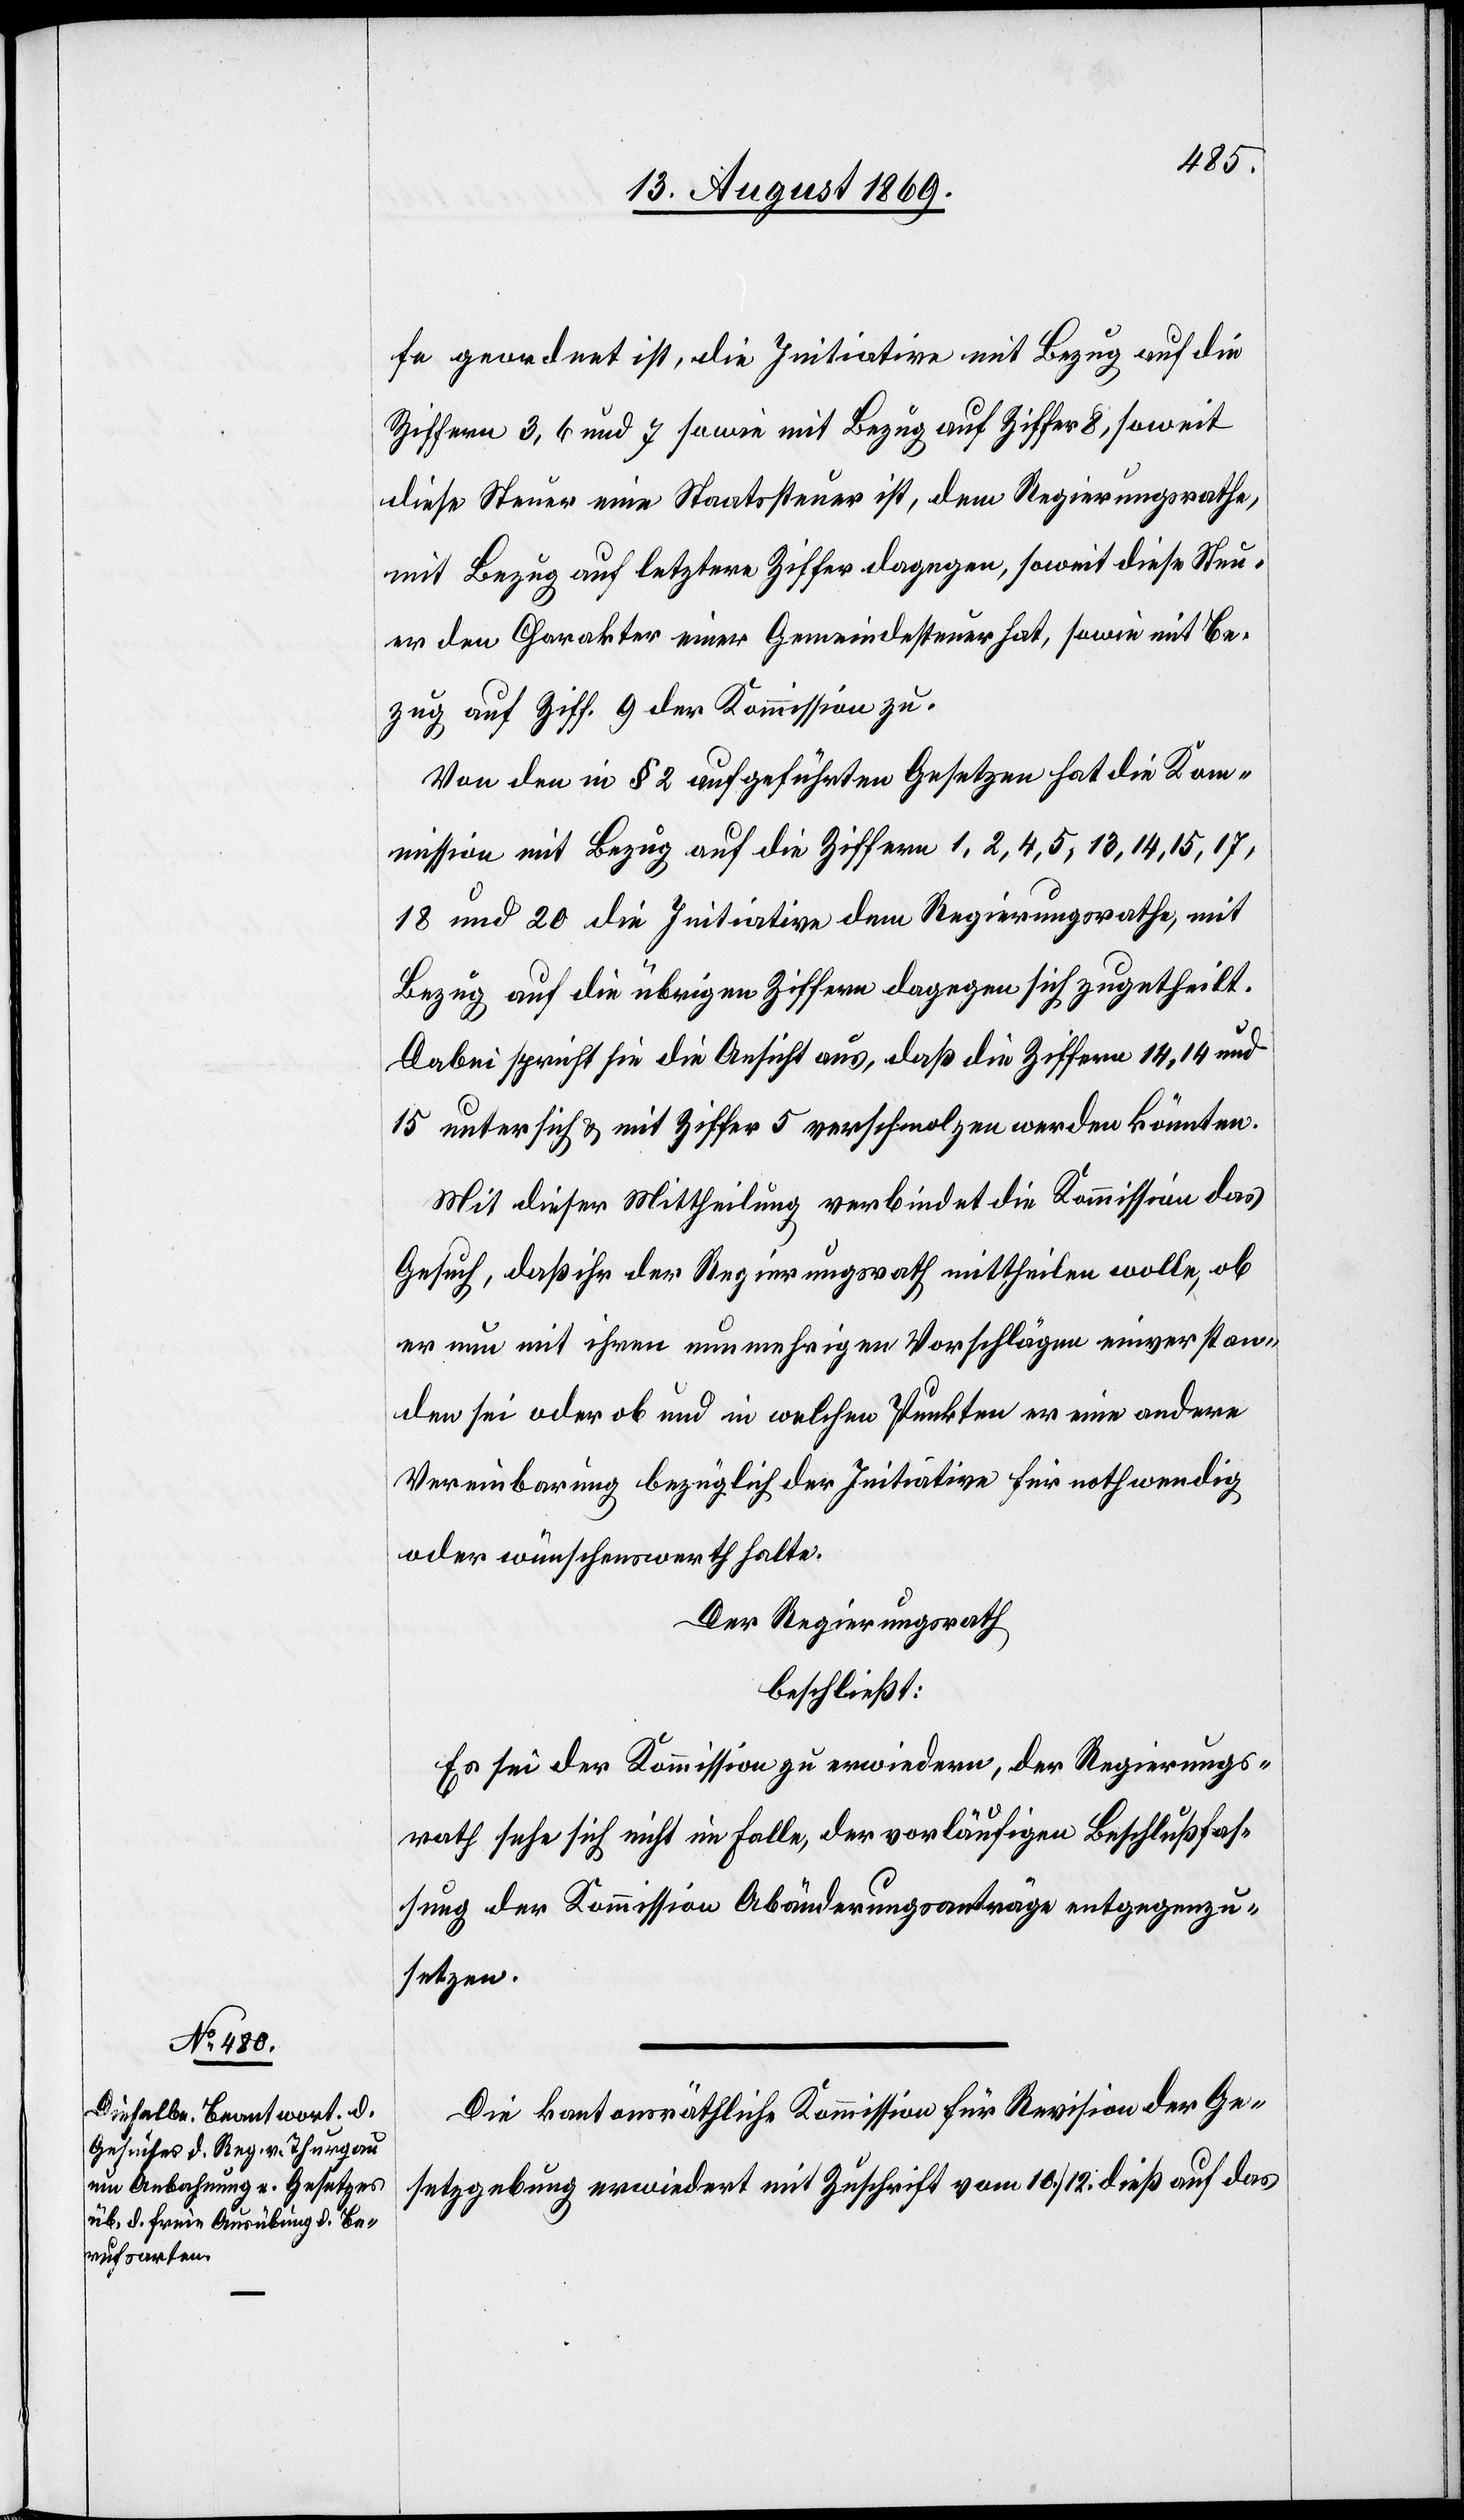
fe geordnet ist, die Initiative mit Bezug auf die
Ziffern 3, 6 und 7 sowie mit Bezug auf Ziffer 8, soweit
diese Steuer eine Staatssteuer ist, dem Regierungsrathe,
mit Bezug auf letztere Ziffer dagegen, soweit diese Steu¬
er den Charakter einer Gemeindesteuer hat, sowie mit Be¬
zug auf Ziff. 9 der Kommission zu.
Von den in § 2 aufgeführten Gesetzen hat die Kom¬
mission mit Bezug auf die Ziffern 1, 2, 4, 5, 13, 14, 15, 17,
18 und 20 die Initiative dem Regierungsrathe, mit
Bezug auf die übrigen Ziffern dagegen sich zugetheilt.
Dabei spricht sie die Ansicht aus, daß die Ziffern 14, 14
15 unter sich & mit Ziffer 5 verschmolzen werden könnten.
Mit dieser Mittheilung verbindet die Kommission das
Gesuch, daß ihr der Regierungsrath mittheilen wolle, ob
er nun mit ihren nunmehrigen Vorschlägen einverstan¬
den sei oder ob und in welchen Punkten er eine andere
Vereinbarung bezüglich der Initiative für nothwendig
oder wünschenswerth halte.
Der Regierungsrath
beschließt:
Es sei der Kommission zu erwiedern, der Regierungs¬
rath sehe sich nicht im Falle, der vorläufigen Beschlußfas¬
sung der Kommission Abänderungsanträge entgegenzu¬
setzen.
Die kantonsräthliche Kommission für Revision der Ge¬
setzgebung erwiedert mit Zuschrift vom 10/12 dieß auf das